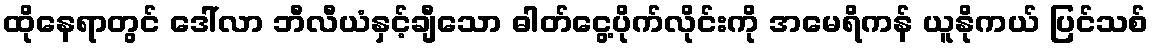
ထိုနေရာတွင် ဒေါ်လာ ဘီလီယံနှင့်ချီသော ဓါတ်ငွေ့ပိုက်လိုင်းကို အမေရိကန် ယူနိုကယ် ပြင်သစ်